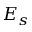
E _ { s }